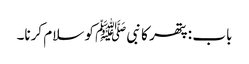
باب : پتھر کا نبیﷺ کو سلام کرنا۔